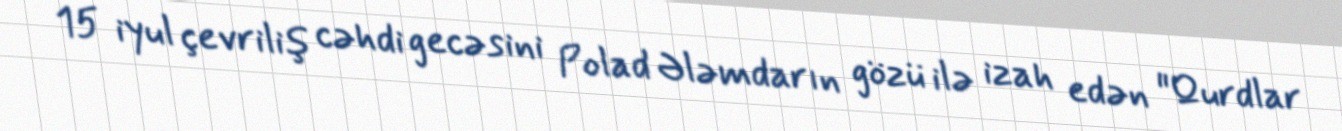
15 iyul çevriliş cəhdi gecəsini Polad Ələmdarın gözü ilə izah edən "Qurdlar